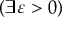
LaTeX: ( \exists \varepsilon > 0 )